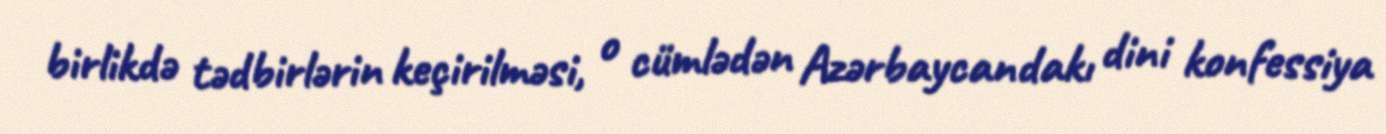
birlikdə tədbirlərin keçirilməsi, o cümlədən Azərbaycandakı dini konfessiya